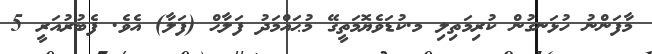
މާފަންނު ހުޅަނގުން ކުރިމަތިލި މ.ކުޑަވެޔޮމަތީގޭ މުޙައްމަދު ފަލާޙް (ފަލާ) އެވެ. ފެބުރުއަރީ 5